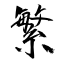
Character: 繁